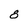
Character: 8